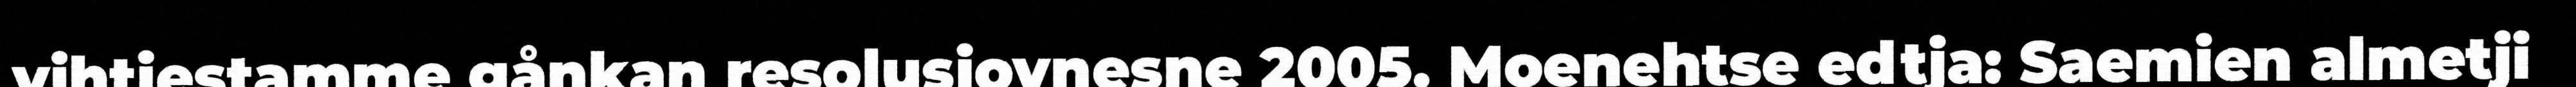
vihtiestamme gånkan resolusjovnesne 2005. Moenehtse edtja: Saemien almetji